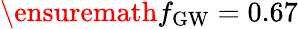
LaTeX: \ensuremath{f_{\mathrm{GW}}}=0.67